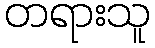
တရားသူ